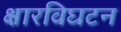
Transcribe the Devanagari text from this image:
क्षारविघटन